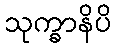
သုက္ခာနိပိ